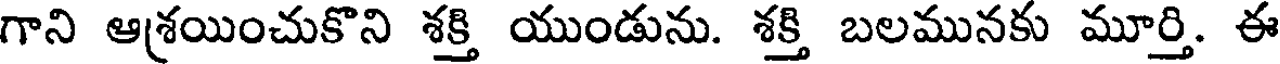
గాని ఆశ్రయించుకొని శక్తి యుండును. శక్తి బలమునకు మూర్తి. ఈ